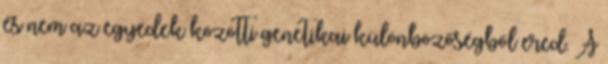
és nem az egyedek közötti genetikai különbözőségből ered. A